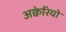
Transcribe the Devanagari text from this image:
अक्वेरियो